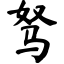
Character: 驽